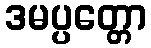
ဒမပ္ပတ္တော